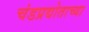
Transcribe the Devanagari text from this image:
चंडप्रद्योताच्या